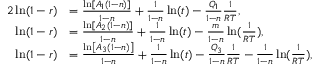
\begin{array} { r l } { { 2 } \ln ( 1 - r ) } & { = \frac { \ln \left[ A _ { 1 } ( 1 - n ) \right] } { 1 - n } + \frac { 1 } { 1 - n } \ln ( t ) - \frac { Q _ { 1 } } { 1 - n } \frac { 1 } { R T } , } \\ { \ln ( 1 - r ) } & { = \frac { \ln [ A _ { 2 } ( 1 - n ) ] } { 1 - n } + \frac { 1 } { 1 - n } \ln ( t ) - \frac { m } { 1 - n } \ln ( \frac { 1 } { R T } ) , } \\ { \ln ( 1 - r ) } & { = \frac { \ln \left[ A _ { 3 } ( 1 - n ) \right] } { 1 - n } + \frac { 1 } { 1 - n } \ln ( t ) - \frac { Q _ { 3 } } { 1 - n } \frac { 1 } { R T } - \frac { 1 } { 1 - n } \ln ( \frac { 1 } { R T } ) , } \end{array}